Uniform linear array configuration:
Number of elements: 16
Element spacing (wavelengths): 0.75
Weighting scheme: hann
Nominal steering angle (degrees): -45
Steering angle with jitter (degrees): -45.321
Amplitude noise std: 0.05
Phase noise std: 0.05

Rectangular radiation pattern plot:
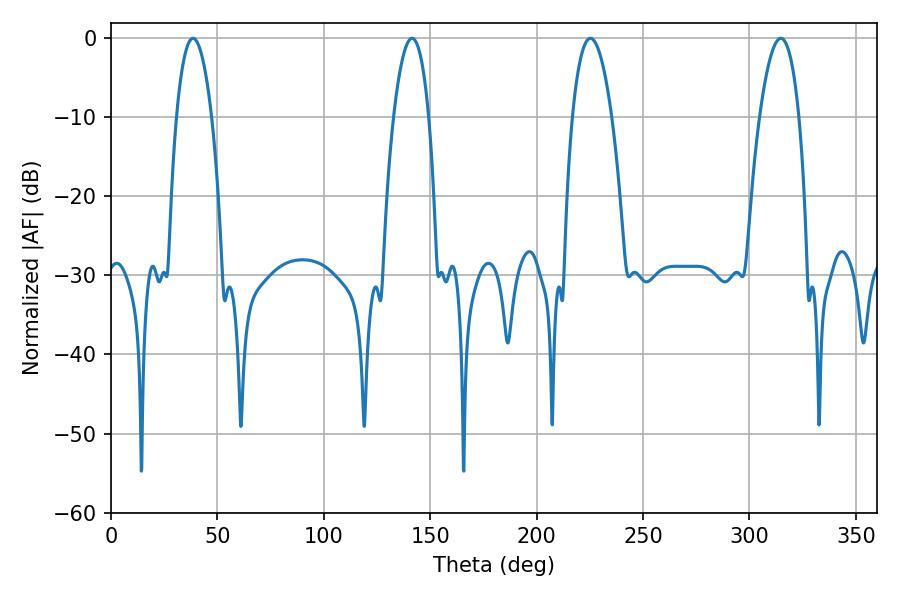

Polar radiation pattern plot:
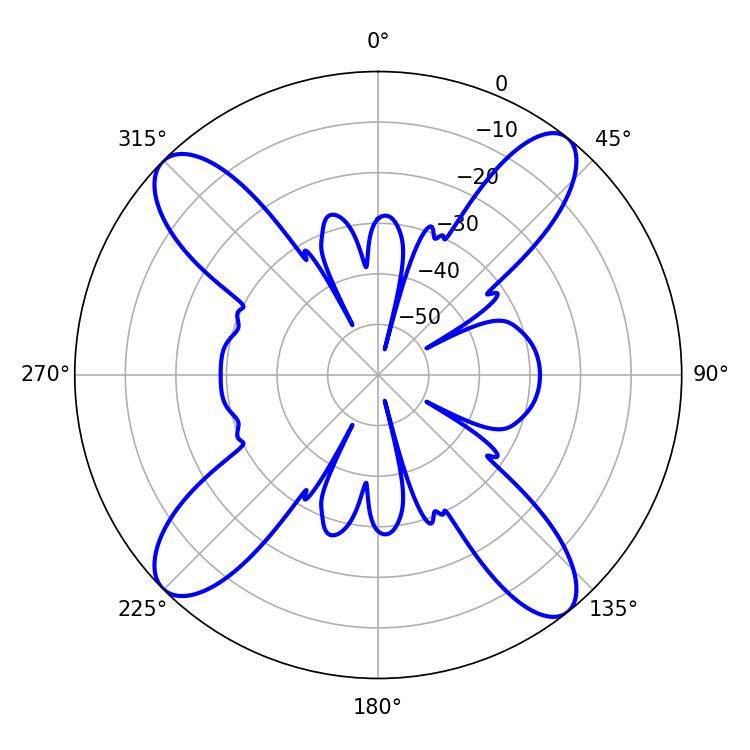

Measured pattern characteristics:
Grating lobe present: TRUE
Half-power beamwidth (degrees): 9.36
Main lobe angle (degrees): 38.52